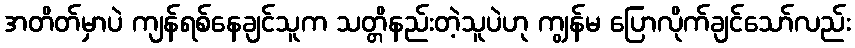
အတိတ်မှာပဲ ကျန်ရစ်နေချင်သူက သတ္တိနည်းတဲ့သူပဲဟု ကျွန်မ ပြောလိုက်ချင်သော်လည်း